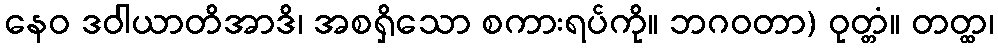
နေဝ ဒဝါယာတိအာဒိ၊ အစရှိသော စကားရပ်ကို။ ဘဂဝတာ) ဝုတ္တံ။ တတ္ထ၊